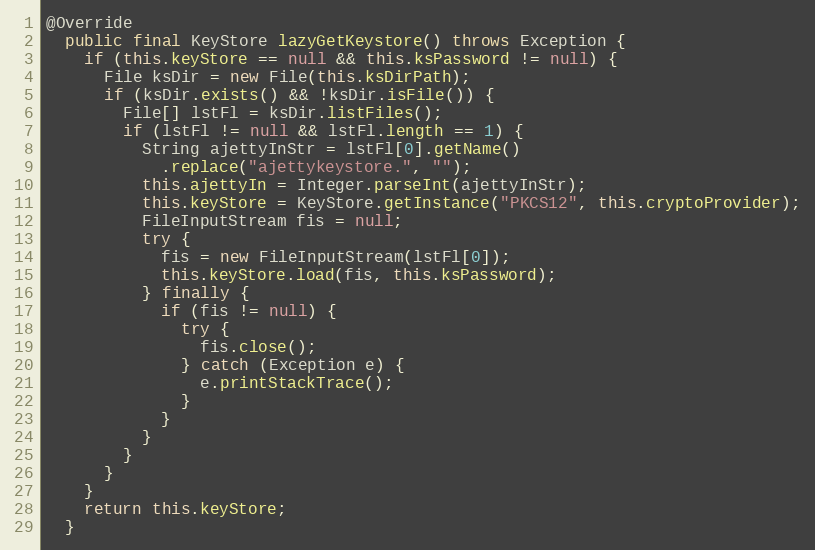
Language: Java
@Override
  public final KeyStore lazyGetKeystore() throws Exception {
    if (this.keyStore == null && this.ksPassword != null) {
      File ksDir = new File(this.ksDirPath);
      if (ksDir.exists() && !ksDir.isFile()) {
        File[] lstFl = ksDir.listFiles();
        if (lstFl != null && lstFl.length == 1) {
          String ajettyInStr = lstFl[0].getName()
            .replace("ajettykeystore.", "");
          this.ajettyIn = Integer.parseInt(ajettyInStr);
          this.keyStore = KeyStore.getInstance("PKCS12", this.cryptoProvider);
          FileInputStream fis = null;
          try {
            fis = new FileInputStream(lstFl[0]);
            this.keyStore.load(fis, this.ksPassword);
          } finally {
            if (fis != null) {
              try {
                fis.close();
              } catch (Exception e) {
                e.printStackTrace();
              }
            }
          }
        }
      }
    }
    return this.keyStore;
  }